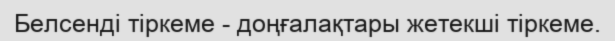
Белсенді тіркеме - доңғалақтары жетекші тіркеме.